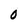
Character: 0